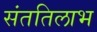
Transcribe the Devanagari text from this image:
संततिलाभ